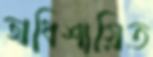
অধিশায়িত